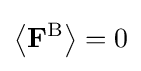
\left\langle \mathbf {F} ^{\mathrm {B} }\right\rangle =0